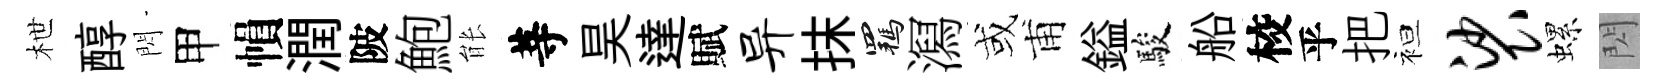
枻醇閃甲𢄙潤陂鮑䏻䓁昊達賦异抹羈㵼或甫鎰駿船校乎把袒裟螺閃